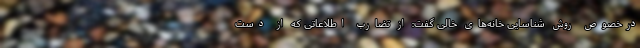
درخصوص روش شناسایی خانه‌های خالی گفت: از تضارب اطلاعاتی که از دست